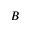
B